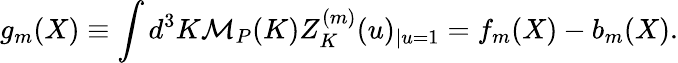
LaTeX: g_{m}(X)\equiv\int d^{3}K{\cal M}_{P}(K)Z_{K}^{(m)}(u)_{|u=1}=f_{m}(X)-b_{m}(X).